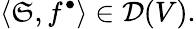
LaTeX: \langle\mathfrak{S},f^{\bullet}\rangle\in{\mathcal{{D}}}(V).